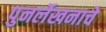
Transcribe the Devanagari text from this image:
पुनर्लेखनाचे